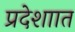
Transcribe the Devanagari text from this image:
प्रदेशाात